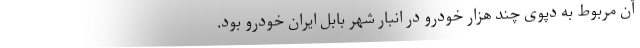
آن مربوط به دپوی چند هزار خودرو در انبار شهر بابل ایران خودرو بود.